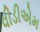
વીડીએમ